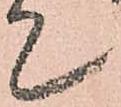
て